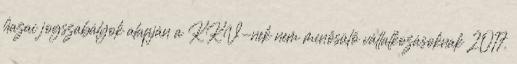
ha­zai jog­sza­bá­lyok alap­ján a KKV-nek nem mi­nő­sü­lő vál­lal­ko­zá­sok­nak 2017.